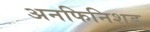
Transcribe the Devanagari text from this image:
अनफिनिशड